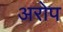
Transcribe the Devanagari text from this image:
अरोप